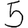
Digit: 5